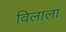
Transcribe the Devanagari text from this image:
विलाला